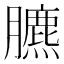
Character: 臕